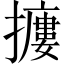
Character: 𢷱